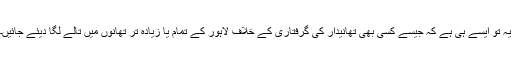
یہ تو ایسے ہی ہے کہ جیسے کسی بھی تھانیدار کی گرفتاری کے خلاف لاہور کے تمام یا زیادہ تر تھانوں میں تالے لگا دیئے جائیں۔